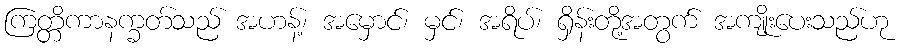
ကြတ္တိကာနက္ခတ်သည် အဟန့်၊ အမှောင်၊ မှင်၊ အရိပ်၊ ရှိန်းတို့အတွက် အကျိုးပေးသည်ဟု